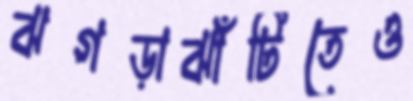
ঝগড়াঝাঁটিতেও